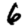
Digit: 6